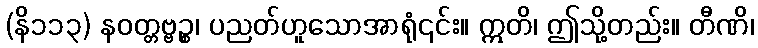
(နိ၁၁၃) နဝတ္တဗ္ဗဉ္စ၊ ပညတ်ဟူသောအာရုံ၎င်း။ ဣတိ၊ ဤသို့တည်း။ တီဏိ၊